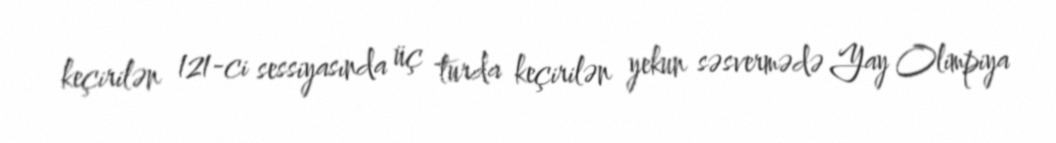
keçirilən 121-ci sessiyasında üç turda keçirilən yekun səsvermədə Yay Olimpiya